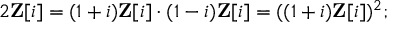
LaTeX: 2 \mathbf { Z } [ i ] = ( 1 + i ) \mathbf { Z } [ i ] \cdot ( 1 - i ) \mathbf { Z } [ i ] = ( ( 1 + i ) \mathbf { Z } [ i ] ) ^ { 2 } ;